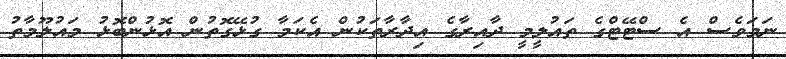
ނަމަވެސް އެ ސްޓޭޓްގެ ތައުލީމީ ދާއިރާގެ އިދާރާތަކުން އެކަމާ ގުޅޭގޮތުން އޮޅުންބޮޅު މައުލޫމާތު